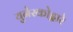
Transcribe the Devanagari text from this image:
युनेस्कोद्वारे